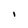
Character: i